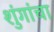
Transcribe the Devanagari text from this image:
शुंगांचा